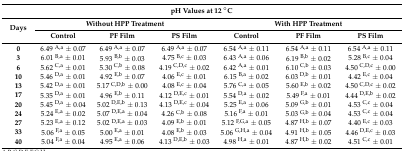
<table><thead><tr><td colspan="7"><b>pH Values at 12 °C</b></td></tr><tr><td rowspan="2"><b>Days</b></td><td colspan="3"><b>Without HPP Treatment</b></td><td colspan="3"><b>With HPP Treatment</b></td></tr><tr><td><b>Control</b></td><td><b>PF Film</b></td><td><b>PS Film</b></td><td><b>Control</b></td><td><b>PF Film</b></td><td><b>PS Film</b></td></tr></thead><tbody><tr><td><b>0</b></td><td>6.49 <sup>A,a</sup> ± 0.07</td><td>6.49 <sup>A,a</sup> ± 0.07</td><td>6.49 <sup>A,a</sup> ± 0.07</td><td>6.54 <sup>A,a</sup> ± 0.11</td><td>6.54 <sup>A,a</sup> ± 0.11</td><td>6.54 <sup>A,a</sup> ± 0.11</td></tr><tr><td><b>3</b></td><td>6.01 <sup>B,a</sup> ± 0.01</td><td>5.93 <sup>B,b</sup> ± 0.03</td><td>4.75 <sup>B,c</sup> ± 0.03</td><td>6.43 <sup>A,a</sup> ± 0.06</td><td>6.19 <sup>B,b</sup> ± 0.02</td><td>5.28 <sup>B,c</sup> ± 0.04</td></tr><tr><td><b>6</b></td><td>5.62 <sup>C,a</sup> ± 0.01</td><td>5.30 <sup>C,b</sup> ± 0.08</td><td>4.19 <sup>C,D,c</sup> ± 0.02</td><td>6.42 <sup>A,a</sup> ± 0.01</td><td>6.10 <sup>C,b</sup> ± 0.03</td><td>4.50 <sup>C,D,c</sup> ± 0.00</td></tr><tr><td><b>10</b></td><td>5.46 <sup>D,a</sup> ± 0.01</td><td>4.92 <sup>E,b</sup> ± 0.07</td><td>4.06 <sup>E,c</sup> ± 0.01</td><td>6.15 <sup>B,a</sup> ± 0.02</td><td>6.03 <sup>D,b</sup> ± 0.01</td><td>4.42 <sup>E,c</sup> ± 0.04</td></tr><tr><td><b>13</b></td><td>5.42 <sup>D,a</sup> ± 0.01</td><td>5.17 <sup>C,D,b</sup> ± 0.00</td><td>4.08 <sup>E,c</sup> ± 0.04</td><td>5.76 <sup>C,a</sup> ± 0.05</td><td>5.60 <sup>E,b</sup> ± 0.02</td><td>4.50 <sup>C,D,c</sup> ± 0.02</td></tr><tr><td><b>17</b></td><td>5.35 <sup>D,a</sup> ± 0.01</td><td>4.96 <sup>E,b</sup> ± 0.11</td><td>4.12 <sup>D,E,c</sup> ± 0.01</td><td>5.54 <sup>D,a</sup> ± 0.02</td><td>5.49 <sup>F,a</sup> ± 0.01</td><td>4.44 <sup>D,E,b</sup> ± 0.02</td></tr><tr><td><b>20</b></td><td>5.45 <sup>D,a</sup> ± 0.04 </td><td>5.02 <sup>D,E,b</sup> ± 0.13</td><td>4.13 <sup>D,E,c</sup> ± 0.04</td><td>5.25 <sup>E,a</sup> ± 0.06</td><td>5.09 <sup>G,b</sup> ± 0.01</td><td>4.53 <sup>C,c</sup> ± 0.04</td></tr><tr><td><b>24</b></td><td>5.24 <sup>E,a</sup> ± 0.02</td><td>5.07 <sup>D,E,a</sup> ± 0.04</td><td>4.26 <sup>C,b</sup> ± 0.08</td><td>5.16 <sup>F,a</sup> ± 0.01</td><td>5.03 <sup>G,b</sup> ± 0.04</td><td>4.53 <sup>C,c</sup> ± 0.04</td></tr><tr><td><b>27</b></td><td>5.23 <sup>E,a</sup> ± 0.12</td><td>5.02 <sup>D,E,a</sup> ± 0.03</td><td>4.09 <sup>E,b</sup> ± 0.01</td><td>5.12 <sup>F,G,a</sup> ± 0.05</td><td>4.87 <sup>H,b</sup> ± 0.07</td><td>4.40 <sup>E,c</sup> ± 0.03</td></tr><tr><td><b>33</b></td><td>5.06 <sup>F,a</sup> ± 0.05</td><td>5.00 <sup>E,a</sup> ± 0.01</td><td>4.08 <sup>E,b</sup> ± 0.03</td><td>5.06 <sup>G,H,a</sup> ± 0.04 </td><td>4.91 <sup>H,b</sup> ± 0.05</td><td>4.46 <sup>D,E,c</sup> ± 0.03</td></tr><tr><td><b>40</b></td><td>5.04 <sup>F,a</sup> ± 0.04</td><td>4.95 <sup>E,a</sup> ± 0.06</td><td>4.13 <sup>D,E,b</sup> ± 0.03</td><td>4.98 <sup>H,a</sup> ± 0.01</td><td>4.87 <sup>H,b</sup> ± 0.02</td><td>4.51 <sup>C,c</sup> ± 0.01</td></tr></tbody></table>